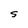
Character: S